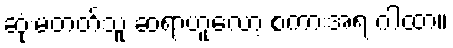
ဆုံးမတတ်သူ ဆရာဟူလော့ စကားအရ ဂါထာ။